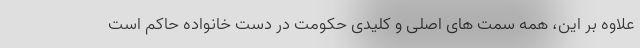
علاوه بر این، همه سمت های اصلی و کلیدی حکومت در دست خانواده حاکم است